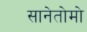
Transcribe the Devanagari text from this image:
सानेतोमो